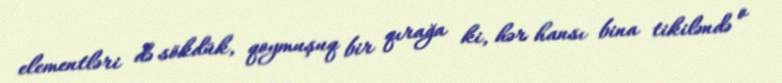
elementləri də sökdük, qoymuşuq bir qırağa ki, hər hansı bina tikiləndə o